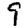
Digit: 9